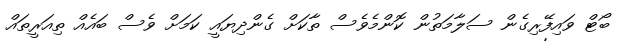
ބޯޓް ވައިފޭރިގެން ސަލާމަތުން ކޮންމެވެސް ތާކަށް ގެންދިޔައީ ކަމަށް ވެސް ބައެއް ތިއަރީތައް